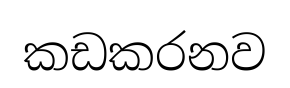
කඩකරනව